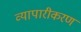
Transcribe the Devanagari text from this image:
व्‍यापारीकरण